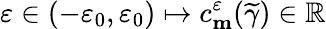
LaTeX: \varepsilon\in(-\varepsilon_{0},\varepsilon_{0})\mapsto c_{\mathbf{m}}^{\varepsilon}(\widetilde{\gamma})\in\mathbb{R}